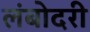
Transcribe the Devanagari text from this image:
लंबोदरी